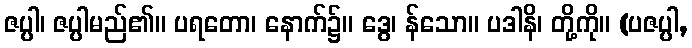
ဇပ္ပါ၊ ဇပ္ပါမည်၏။ ပရတော၊ နောက်၌။ ဒွေ၊ န်သော။ ပဒါနိ၊ တို့ကို။ (ပဇပ္ပါ,